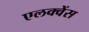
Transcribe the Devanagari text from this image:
एलक्वेंस